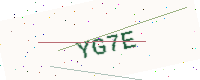
Text: YG7E